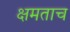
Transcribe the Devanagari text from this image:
क्षमताच